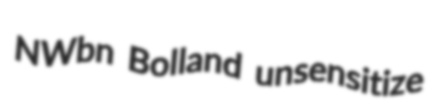
NWbn Bolland unsensitize